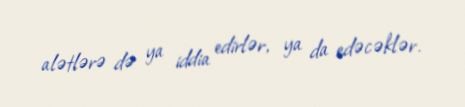
alətlərə də ya iddia edirlər, ya da edəcəklər.